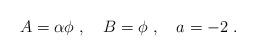
LaTeX: \begin{align*} A=\alpha\phi~,~~~B=\phi~,~~~a=-2~.\end{align*}